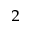
_ 2